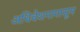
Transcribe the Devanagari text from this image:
अधिवेशनापासून